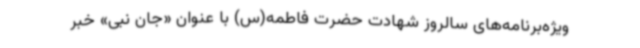
ویژه‌برنامه‌های سالروز شهادت حضرت فاطمه(س) با عنوان «جان نبی» خبر